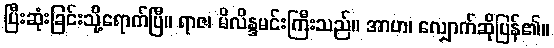
ပြီးဆုံးခြင်းသို့ရောက်ပြီ။ ရာဇ၊ မိလိန္ဒမင်းကြီးသည်။ အာဟ၊ လျှောက်ဆိုပြန်၏။